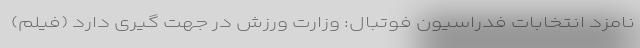
نامزد انتخابات فدراسیون فوتبال: وزارت ورزش در جهت گیری دارد (فیلم)